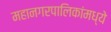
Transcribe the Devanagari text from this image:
महानगरपालिकांमध्ये